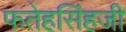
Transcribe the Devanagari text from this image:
फतेहसिंहजी